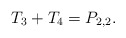
\begin{align*} T_3+T_4=P_{2,2}.\end{align*}